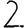
Digit: 2